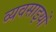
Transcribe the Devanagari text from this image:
व्यवसाइयों